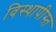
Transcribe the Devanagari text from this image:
विस्थापीस्त